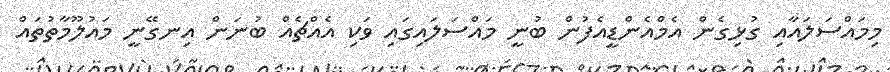
މިމައްސަލައާއި ގުޅިގެން އެމްއެންޑީއެފުން ބުނީ މައްސަލައިގައި ވަކި އެއްޗެއް ބުނަން އިނގޭނީ މައުލޫމާތުތައް